Annual report on the lock hospitals of the Madras Presidency
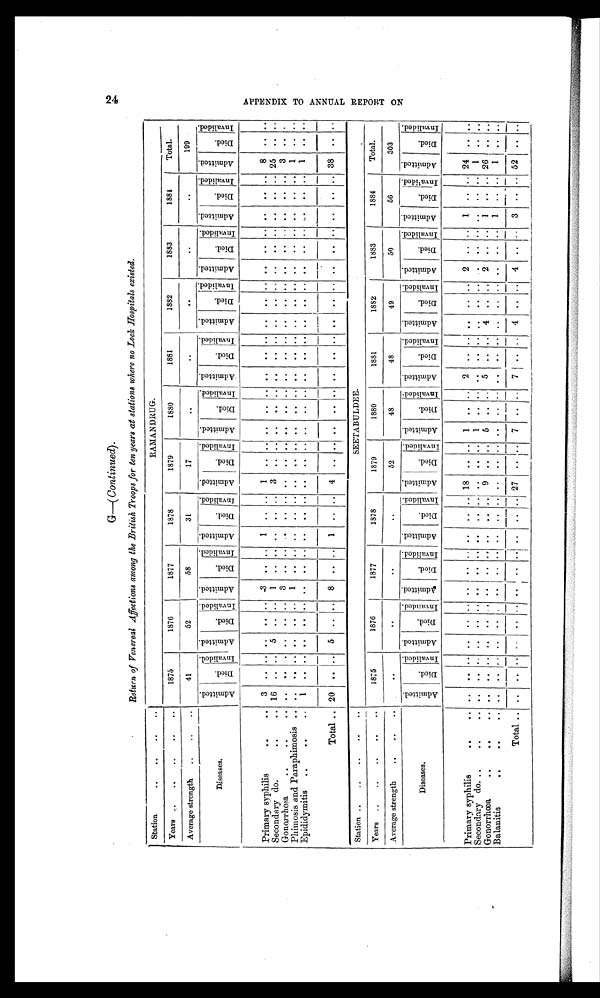
G—( Continued).
Return of Venereal Affections among the British Troops for ten years at stations where no Lock Hospitals existed.
Station
..
.. .. ..
RAMANDRUG.
Years
.. .. .. .. ..
1875
1876
1877
1878
1879
1880
1881
1882
1883
1884
Total.
Average strength
..
..
..
41
52
58
31
17
. .
. .
. .
..
. .
199
Diseases.
A d m i t t e d .
Died.
I n v a l i d e d .
Admitted. Died.
I n v a l i d e d . A d m i t t e d .
Died.
I n v a l i d e d .
A d m i t t e d .
Died. Invalided.
A d m i t t e d .
Died.
I n v a l i d e d . A d m i t t e d .
Died.
I n v a l i d e d . A d m i t t e d .
Died.
I n v a l i d e d .
Admitted.
D i e d .
I n v a l i d e d .
A d m i t t e d .
D i e d .
I n v a l i d e d .
A d m i t t e d .
D i e d .
Invalided.
A d m i t t e d .
D i e d .
I n v a l i d e d .
Primary syphilis
..
..
3 .. .... .. ..
3 .. ..
1
.. ..
1
.. .. .. .. .. .. .. .. ..
.. .. .. .... ..
....
8 .. ..
Secondary do.
.. ..
1 6 .. ..
5 .. ..
1 .. .. .. .. ..
3 .. .. .. .. .. .. .. .. ..
.. .. .. .... ..
....
2 5 .. ..
Gonorrhœa
..
..
.. .. . .. .. .. 3 .. .. .. .. .. .. .. .. .. .. .. .. .. .. ..
.. .. .. .... ..
....
3 .. ..
Phimosis and Paraphimosis .. .. .. .. .. .. ..
1 .. .. . .
.. . .
. .
.. .. .. ..
. . . .
.. .. ..
.. . . ..
.. .. ..
.. .. 1
.. . .
Epididymitis
..
..
..
1 .. .. .... .. .. .. .. .. .. .. .. .. .. .. .. .. .. .. .. ..
.. .. .. .... .. .. ..
1 .. ..
Total
..
20
.. .. 5 .. .. 8 .. ..
1 .. ..
4 .. .. .. .. .. .. .. .. ..
.. .. .. .... .. ..
..
3 8
.. ..
Station ..
..
..
.. . .
SEETABULDEE.
Years ..
..
..
..
..
1875
1876
1877
1878
1879
1880
1881
1882
1883
1884
Total.
Average strength
.. .. ..
..
. .
. .
..
52
48
48
49
50
56
303
Diseases.
A d m i t t e d .
D i e d .
I n v a l i d e d .
A d m i t t e d .
Died.
I n v a l i d e d .
Admitted.
Died.
I n v a l i d e d .
A d m i t t e d .
Died.
I n v l i d e d . A d m i t t e d .
Died.
I n v a l i d e d . A d m i t t e d .
Died.
I n v a l i d e d .
A d m i t t e d .
Died.
I n v a l i d e d .
Admitted.
D i e d .
I n v a l i d e d . Admitted.
D i e d .
I n v a l i d e d .
A d m i t t e d .
D i e d .
I n v a l i d e d .
A d m i t t e d .
D i e d .
I n v a l i d e d .
Primary syphilis
..
..
.. .. .. ....
.... .. .. .. .. ..
1 8
.. ..
1 .. ..
2 .. .. ..
....
2
.. ..
1
.. .. 24 .. ..
Secondary do. ..
..
..
.. .. .. ....
.... .. .. .. .. .. .. .. ..
1 .. .. .. .. .. ..
.... ..
.... .. .. .. 1
.. ..
Gonorrhœa
..
..
..
.. .. .. ....
.... .. .. .. .. ..
9 .. ..
5 .. ..
5 .. ..
4 ....
2 .. ..
1
.. .. 26 .. ..
Balanitis
.. .. ..
.. .. .. .. ..
.... .. .. .. .. .. .. .. .. .. .. .. .. .. .. ..
.... ..
.. ..
1 .. ..
1
.. ..
Total
..
.. .. .. ....
. .
.. ..
. .
.. ..
..
2 7 ..
. .
7 .. ..
7 .. .. 4 .. .. 4 .. ..
3 .. .. 52
.. ..
A P P E N D I X T O A N N U A L R E P O R T O N